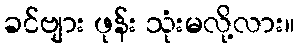
ခင်ဗျား ဖုန်း သုံးမလို့လား။